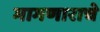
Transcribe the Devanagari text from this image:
मागणाराचे